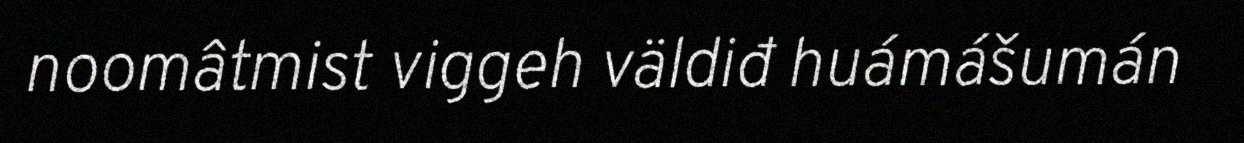
noomâtmist viggeh väldiđ huámášumán